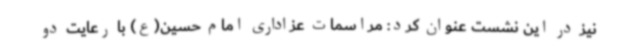
نیز در این نشست عنوان کرد: مراسمات عزاداری امام حسین(ع) با رعایت دو